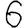
Digit: 6